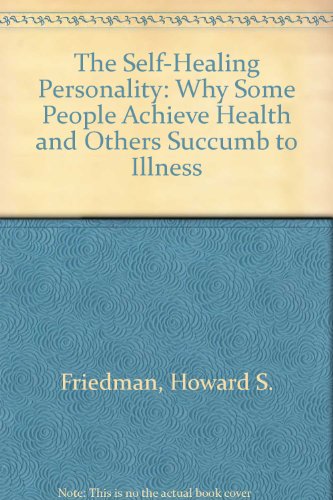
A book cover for The Self-Healing Personality: Why Some People Achieve Health and Others Succumb to Illness; Howard S. Friedman; Health, Fitness & Dieting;